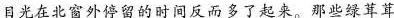
目光在北窗外停留的时间反而多了起来。那些绿茸茸